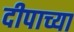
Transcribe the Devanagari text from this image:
दीपाच्या